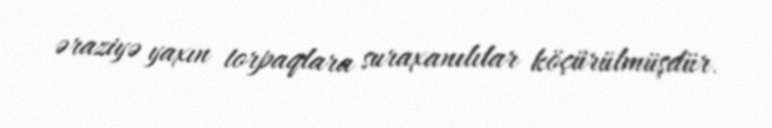
əraziyə yaxın torpaqlara suraxanılılar köçürülmüşdür.